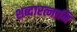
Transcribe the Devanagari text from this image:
शब्दारत्नानि